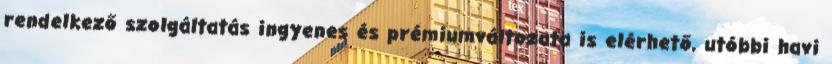
rendelkező szolgáltatás ingyenes és prémiumváltozata is elérhető, utóbbi havi